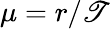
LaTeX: \mu=r/\mathscr{T}